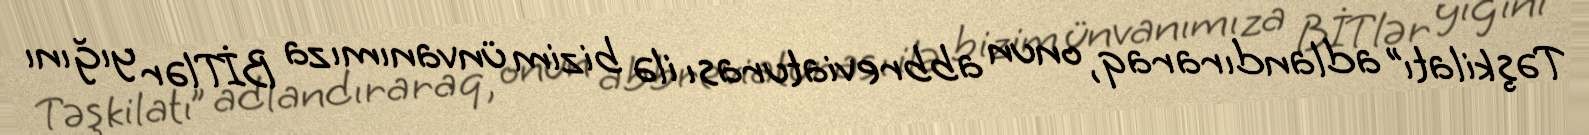
Təşkilatı” adlandıraraq, onun abbreviaturası ilə bizim ünvanımıza BİTlər yığını